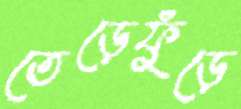
তেড়েফুঁড়ে